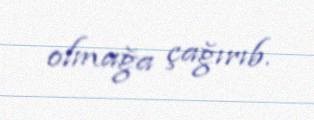
olmağa çağırıb.